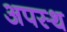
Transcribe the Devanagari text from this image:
अपस्थ